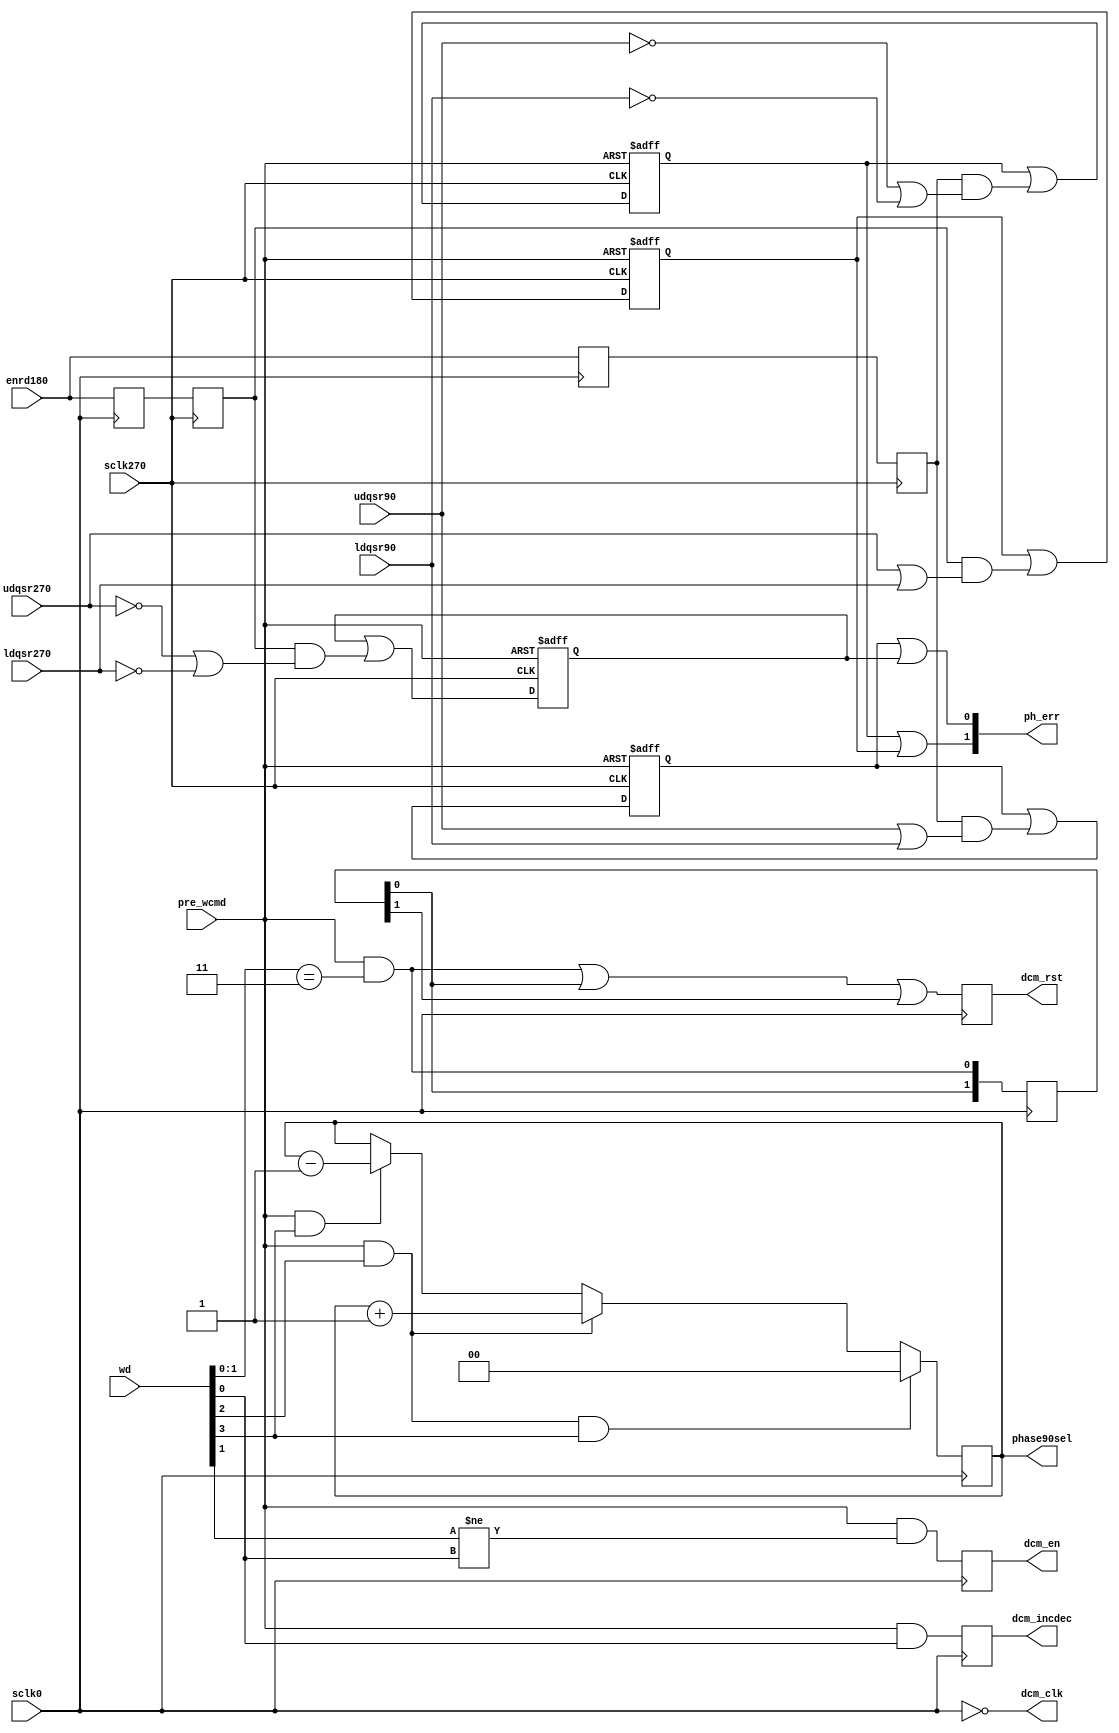
module sdram_phase (// wclk,       // global CPU WE pulse
                     pre_wcmd,   // decoded address - enables wclk
                     wd,         // CPU write data [1:0]
                                 //       0 - nop, just reset status data
                                 //       1 - increase phase shift
                                 //       2 - decrease phase shift
                                 //       3 - reset phase shift to default (preprogrammed in FPGA configuration)
                                 //       c - reset phase90
                                 //       4 - incr pahse90
                                 //       8 - decrease phase90
                     ph_err,     // [1:0] 0 - no data (SDRAM reads) since last change (wclk*wcmd)
                                 //       1 - clock is too late
                                 //       2 - clock is too early
                                 //       3 - OK (some measurements show too late, some - too early)
                     sclk0,      // global clock, phase 0
/*                     sclk90,     // global clock, phase 0 */
                     sclk270,    // global clock, phase 0
                     enrd180,    // read enable, latency 2 from the command, sync with sclk falling edge
                     udqsr90,    // data from SDRAM interface pin UDQS strobed at rising sclk90
                     ldqsr90,    // data from SDRAM interface pin LDQS strobed at rising sclk90
                     udqsr270,   // data from SDRAM interface pin UDQS strobed at rising sclk270
                     ldqsr270,   // data from SDRAM interface pin UDQS strobed at rising sclk270
                     dcm_rst,    // set DCM phase to default
                     dcm_clk,    // clock for changing DCM phase (now == sclk0)
                     dcm_en,     // enable inc/dec of the DCM phase
                     dcm_incdec, // 0 - increment, 1 - decrement DCM phase
                     phase90sel  // add phase 0 - 0, 1 - 90, 2 - 180, 3 - 270

                     );
   input         pre_wcmd;
   input  [ 3:0] wd;
   output [ 1:0] ph_err;
   input         sclk0, /*sclk90, */sclk270;
   input         enrd180;
   input         udqsr90, udqsr270, ldqsr90, ldqsr270;
   output        dcm_rst, dcm_clk, dcm_en, dcm_incdec;
   output [ 1:0] phase90sel;
//	reg           wcmd;
	wire          wcmd = pre_wcmd;
   reg    [ 1:0] phase90sel;
   reg dcm_rst;
   reg [1:0] dcm_drst;
   reg       dcm_en;
   reg       dcm_incdec; 


   reg           enrd0, enrd180_d,enrd90,enrd270;
   reg           waslate90, waslate270, wasearly90, wasearly270;
// generate control pulses from CPU command

  always @ (negedge sclk0) begin
//    wcmd   <=pre_wcmd;
    dcm_drst[1:0] <= {dcm_drst[0], (wcmd && (wd[1:0] == 2'b11))};
    dcm_rst    <= (wcmd && (wd[1:0] == 2'b11)) || dcm_drst[0]  || dcm_drst[1] ;
    dcm_en     <= wcmd && (wd[1]!=wd[0]);
    dcm_incdec <= wcmd && wd[0]; 
    if      (wcmd && wd[2] && wd[3]) phase90sel[1:0] <= 2'h0;
    else if (wcmd && wd[2]) phase90sel[1:0] <= phase90sel[1:0] +1;
    else if (wcmd && wd[3]) phase90sel[1:0] <= phase90sel[1:0] -1;
  end



// DCM control outputs (use automatic adjustment later?) 
//   assign  dcm_clk=sclk0;
   assign  dcm_clk=!sclk0; // DCM is triggered by posedge

// generate phase error signals

   always @ (posedge sclk0)   enrd0     <= enrd180;
   always @ (negedge sclk0)   enrd180_d <= enrd180;
//   always @ (posedge sclk90)  enrd90    <= enrd180_d;
   always @ (negedge sclk270)  enrd90    <= enrd180_d;
   always @ (posedge sclk270) enrd270   <= enrd0;
//   always @ (posedge sclk90 or posedge wcmd)
   always @ (negedge sclk270 or posedge wcmd)
     if (wcmd) begin
       waslate90  <= 1'b0;
       wasearly90 <= 1'b0;
     end else begin
       waslate90  <= waslate90  || (enrd90 && ( udqsr90 ||  ldqsr90));
       wasearly90 <= wasearly90 || (enrd90 && (!udqsr90 || !ldqsr90));
     end
   always @ (posedge sclk270 or posedge wcmd)
     if (wcmd) begin
       waslate270  <= 1'b0;
       wasearly270 <= 1'b0;
     end else begin
       waslate270  <= waslate270  || (enrd270 && (!udqsr270 || !ldqsr270));
       wasearly270 <= wasearly270 || (enrd270 && ( udqsr270 ||  ldqsr270));
     end

     assign ph_err[1:0]= {(wasearly90 || wasearly270), (waslate90 || waslate270)};

endmodule